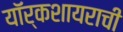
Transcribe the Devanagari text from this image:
यॉर्कशायराची